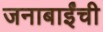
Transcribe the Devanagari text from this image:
जनाबाईंची